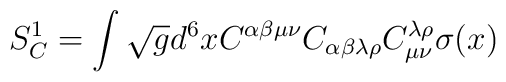
S^{1}_C =\int\sqrt{g}d^6x C^{\alpha\beta\mu\nu}C_{\alpha\beta\lambda\rho}C^{\lambda\rho}_{\mu\nu}\sigma (x)